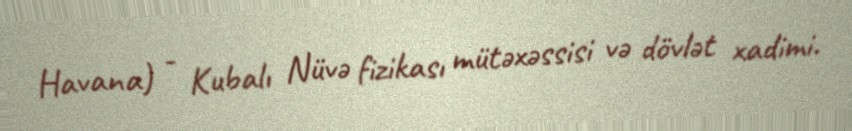
Havana) - Kubalı Nüvə fizikası mütəxəssisi və dövlət xadimi.